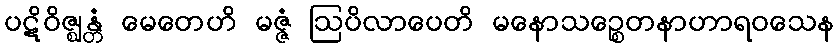
ပဋိဝိဇ္ဈန္တံ မေတေဟိ မဇ္ဇံ ဩပိလာပေတိ မနောသဉ္စေတနာဟာရဝသေန